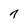
Character: 7